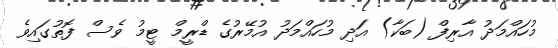
މުހައްމަދު އާރިފް (ބަކާ) އަދި މުހައްމަދު އުމޭރުގެ ޑްރީމް ޓީމު ވެސް ފޮތުގައިވެ